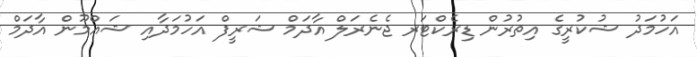
އަހުމަދު ޝުކުރީގެ އިތުރުން ޑިރެކްޓަރ ޖެނެރަލް އާދަމް ޝަރީފް އަހުމަދާއި ޝައްމޫން އާދަމް